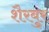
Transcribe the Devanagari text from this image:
शैरबुर